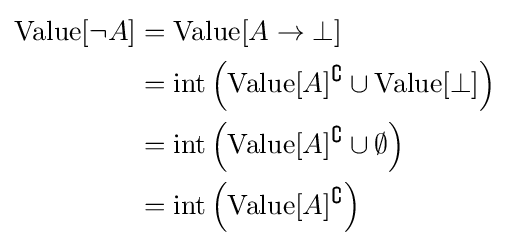
{\begin{aligned}{\text{Value}}[\neg A]&={\text{Value}}[A\to \bot ]\\&={\text{int}}\left({\text{Value}}[A]^{\complement }\cup {\text{Value}}[\bot ]\right)\\&={\text{int}}\left({\text{Value}}[A]^{\complement }\cup \emptyset \right)\\&={\text{int}}\left({\text{Value}}[A]^{\complement }\right)\end{aligned}}